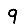
Digit: 9